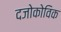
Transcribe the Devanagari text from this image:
दजोकोविक